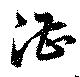
湛